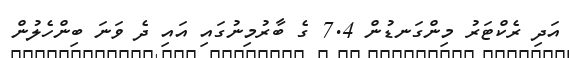
އަދި ރެކްޓަރު މިންގަނޑުން 7.4 ގެ ބާރުމިނުގައި އައި ދެ ވަނަ ބިންހެލުން